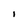
Character: I